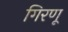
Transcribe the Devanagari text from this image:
गिरणू